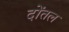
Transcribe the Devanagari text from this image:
दोंतल